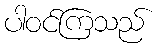
ပါဝင်ကြသည်